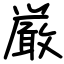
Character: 厳